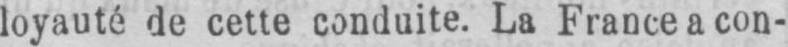
loyauté de cette conduite. La France a con-